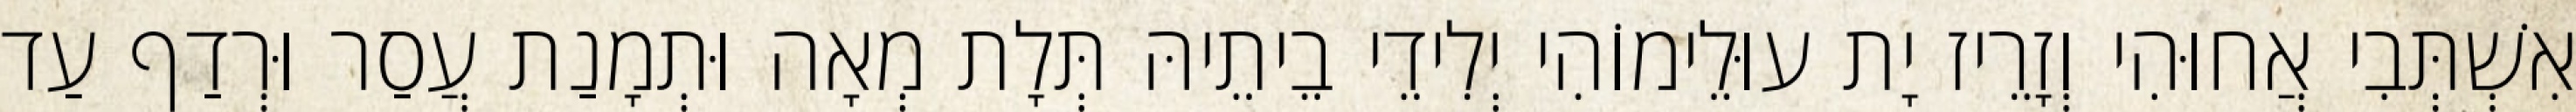
אִשְׁתְּבִי אֲחוּהִי וְזָרֵיז יָת עוּלֵימוֹהִי יְלִידֵי בֵיתֵיהּ תְּלָת מְאָה וּתְמָנַת עֲסַר וּרְדַף עַד